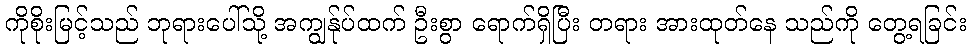
ကိုစိုးမြင့်သည် ဘုရားပေါ်သို့ အကျွန်ုပ်ထက် ဦးစွာ ရောက်ရှိပြီး တရား အားထုတ်နေ သည်ကို တွေ့ရခြင်း